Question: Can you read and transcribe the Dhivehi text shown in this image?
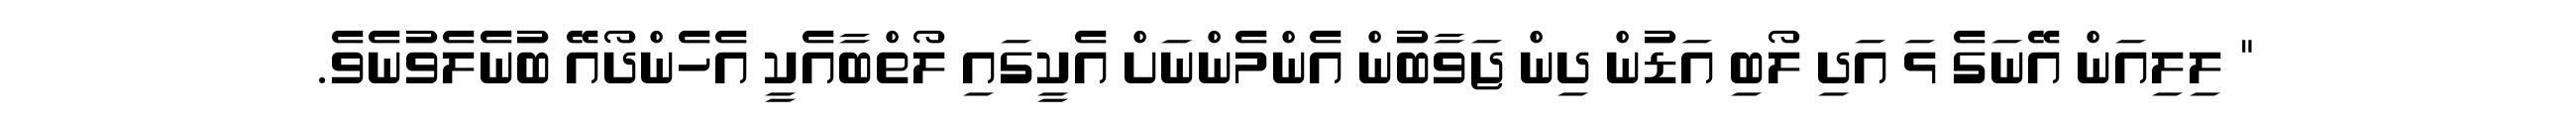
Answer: " ލިލިއަން އޭނަގެ ޅަ އަދި ލޯބި އަޑުން ދިން ޖަވާބުން އެންމެންނަށް އެކީގައި ލޯތްބާއެކީ އެހެންދޯއޭ ބުނެލެވުނެވެ.